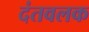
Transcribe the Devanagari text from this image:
दंतवलक